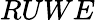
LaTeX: RUWE